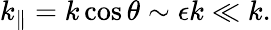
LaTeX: k_{\parallel}=k\cos\theta\sim\epsilon k\ll k.